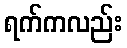
ရက်ကလည်း